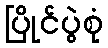
ပြိုင်ပွဲစုံ